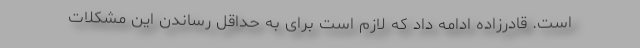
است. قادرزاده ادامه داد که لازم است برای به حداقل رساندن این مشکلات